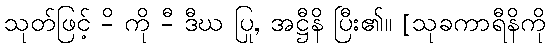
သုတ်ဖြင့် -ိ ကို -ီ ဒီဃ ပြု, အဋ္ဌီနိ ပြီး၏။ [သုခကာရီနိကို